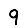
Digit: 9